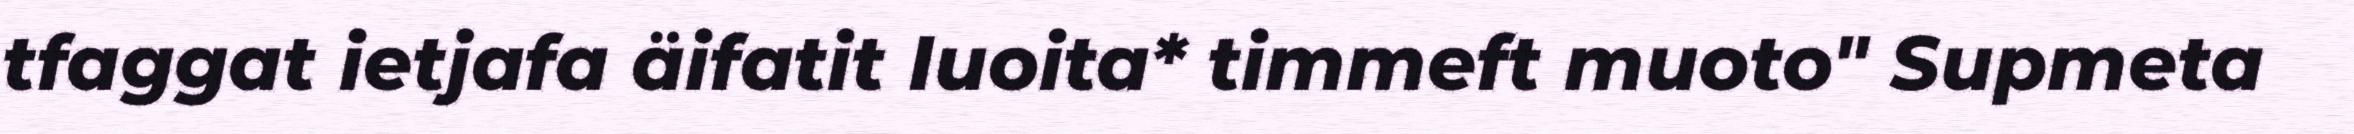
tfaggat ietjafa äifatit Iuoita* timmeft muoto" Supmeta